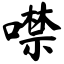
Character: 噤